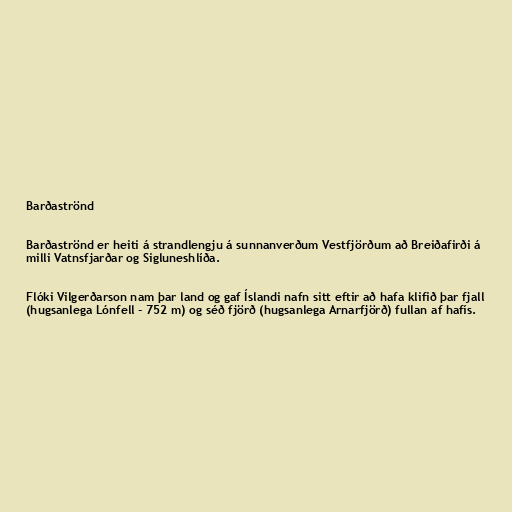
Barðaströnd

Barðaströnd er heiti á strandlengju á sunnanverðum Vestfjörðum að Breiðafirði á
milli Vatnsfjarðar og Sigluneshlíða.

Flóki Vilgerðarson nam þar land og gaf Íslandi nafn sitt eftir að hafa klifið þar fjall
(hugsanlega Lónfell - 752 m) og séð fjörð (hugsanlega Arnarfjörð) fullan af hafís.